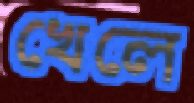
খেলে